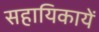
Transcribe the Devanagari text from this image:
सहायिकायें